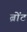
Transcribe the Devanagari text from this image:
ब्रोंट